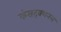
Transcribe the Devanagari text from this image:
कंसट्रक्शनल